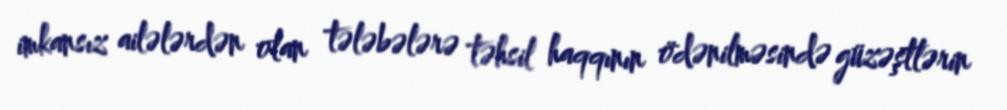
imkansız ailələrdən olan tələbələrə təhsil haqqının ödənilməsində güzəştlərin